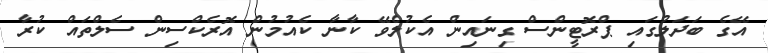
އޭގެ ބަދަލުގައި ޕްރޮޓީންސް ގިނައިން އެކުލެވޭ ކާނާ ކެއުމުން އޮރެކްސިން ސެލްތައް ކުރާ